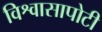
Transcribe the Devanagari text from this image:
विश्वासापोटी